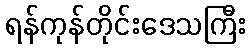
ရန်ကုန်တိုင်းဒေသကြီး